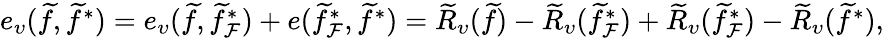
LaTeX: \begin{array}{r}{e_{\upsilon}(\widetilde{f},\widetilde{f}^{*})=e_{\upsilon}(\widetilde{f},\widetilde{f}_{\mathcal{F}}^{*})+e(\widetilde{f}_{\mathcal{F}}^{*},\widetilde{f}^{*})=\widetilde{R}_{\upsilon}(\widetilde{f})-\widetilde{R}_{\upsilon}(\widetilde{f}_{\mathcal{F}}^{*})+\widetilde{R}_{\upsilon}(\widetilde{f}_{\mathcal{F}}^{*})-\widetilde{R}_{\upsilon}(\widetilde{f}^{*}),}\end{array}